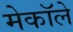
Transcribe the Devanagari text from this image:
मेकॉले